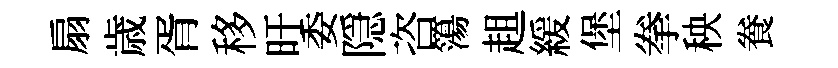
扇歳胥移旴委隠咨簜趄緩堡拳秧飬